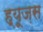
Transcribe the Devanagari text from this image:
ह्यूज़स